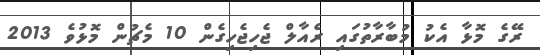
ރޭގެ މޮޅާ އެކު މުބާރާތުގައި ރެއާލް ޖެހިޖެހިގެން 10 މެޗުން މޮޅުވެ 2013